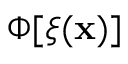
\Phi [ \xi ( \mathbf { x } ) ]